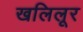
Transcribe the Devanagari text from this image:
खलिलूर